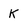
Character: K